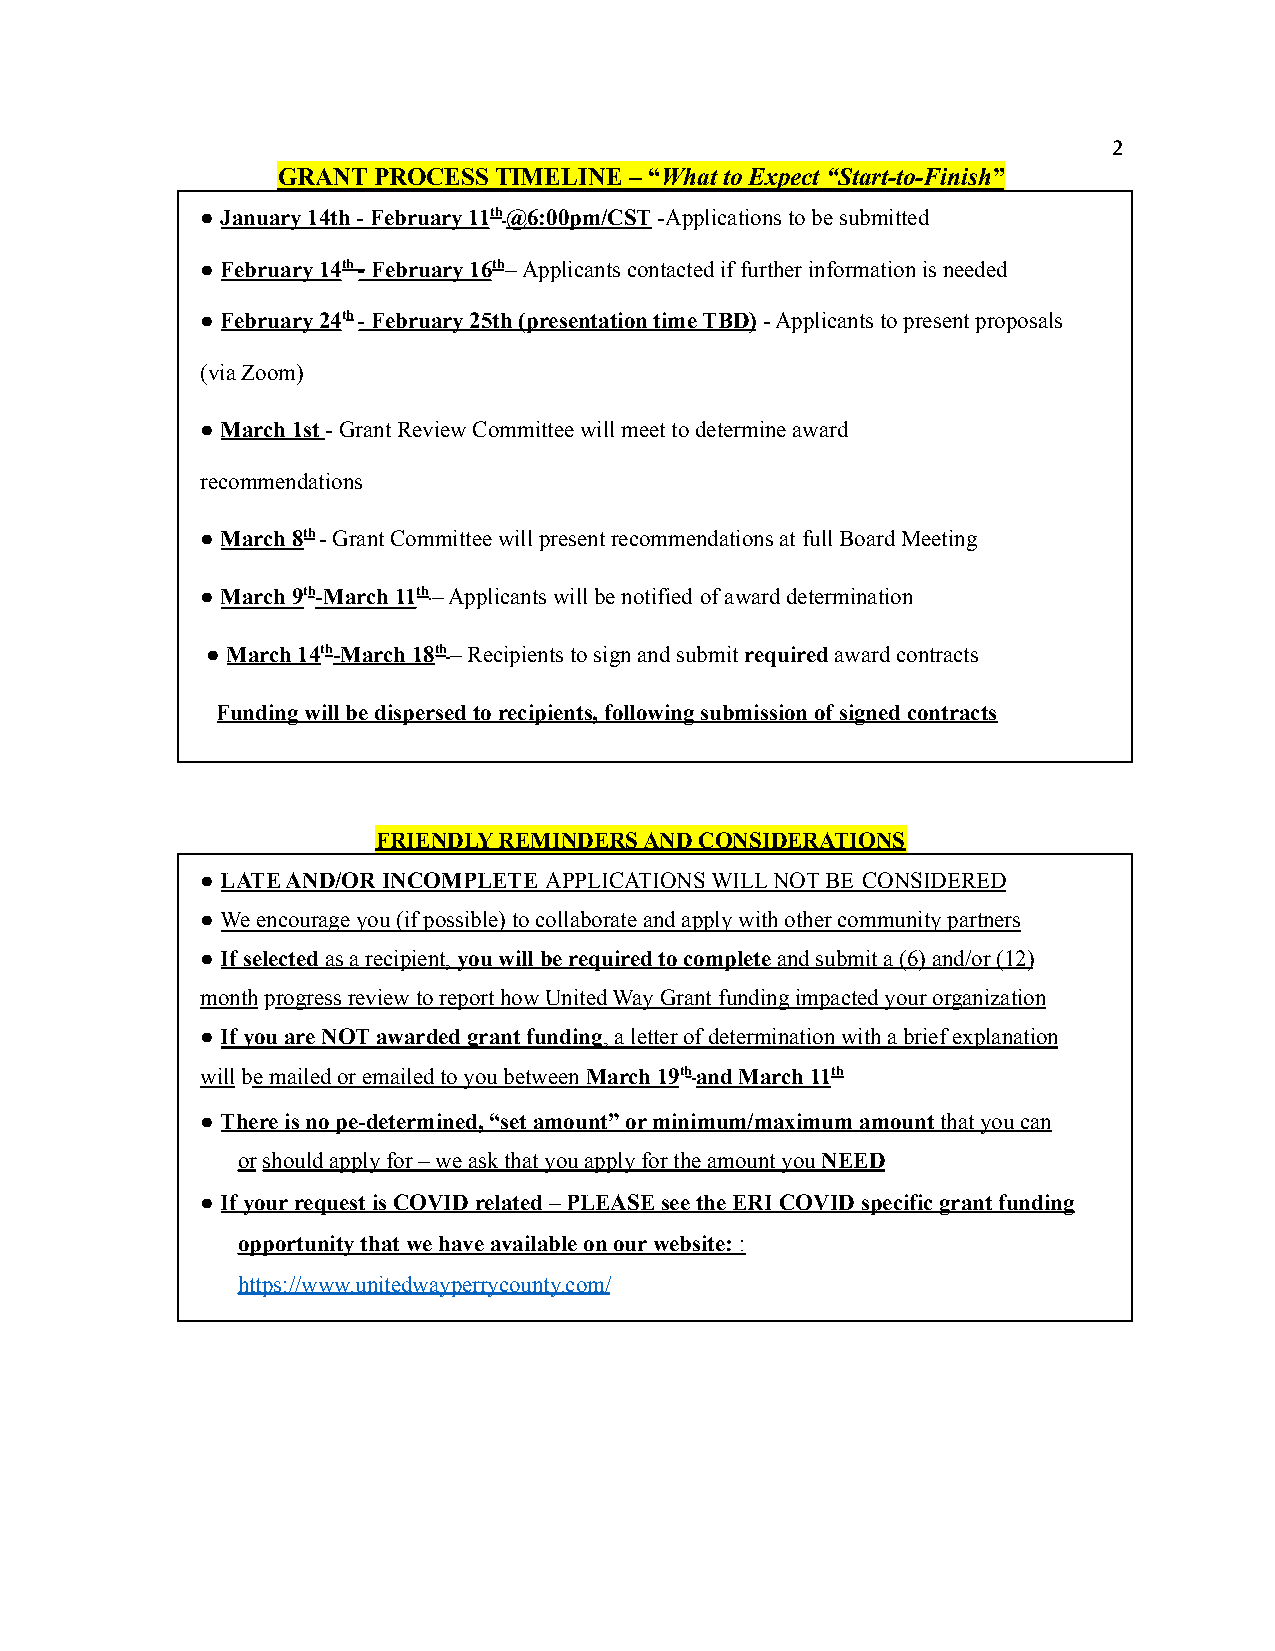
2
 GRANT  PROCESS TIMELINE – “What to Expect “Start-to-Finish”
 ● January 14th-February 11th@6:00pm/CST-Applicationsto be submitted
 ● February 14th-February 16th–Applicants contactedif further information is needed
 ● February 24th- February 25th (presentation timeTBD)- Applicants to present proposals
 (via Zoom)
 ● March 1st- Grant Review Committee will meet todetermine award
 recommendations
 ● March 8th- Grant Committee will present recommendationsat full Board Meeting
 ● March 9th-March 11th– Applicants will be notified of award determination
 ● March 14th-March 18th– Recipients to sign andsubmitrequiredaward contracts
 Funding will be dispersed to recipients, following submission of signed contracts
 FRIENDLY REMINDERS AND CONSIDERATIONS
 ● LATE AND/OR INCOMPLETE APPLICATIONS WILL NOT BE CONSIDERED
 ● We encourage you (if possible) to collaborate andapply with other community partners
 ● If selectedas a recipient,you will be requiredto completeand submit a (6) and/or (12)
 monthprogress review to report how United Way Grantfunding impacted your organization
 ● If you are NOT awarded grant funding, a letter ofdetermination with a brief explanation
 willbe mailed or emailed to you betweenMarch 19thand March 11th
 ● There is no pe-determined, “set amount” or minimum/maximumamountthat you can
 orshould apply for – we ask that you apply for theamount youNEED
 ● If your request is COVID related – PLEASE see theERI COVID specific grant funding
 opportunity that we have available on our website::
 https://www.unitedwayperrycounty.com/